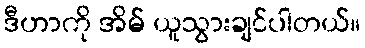
ဒီဟာကို အိမ် ယူသွားချင်ပါတယ်။